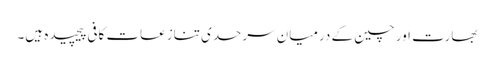
بھارت اور چین کے درمیان سرحدی تنازعات کافی پیچیدہ ہیں۔